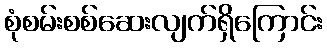
စုံစမ်းစစ်ဆေးလျက်ရှိကြောင်း